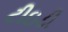
ટીઇડી